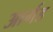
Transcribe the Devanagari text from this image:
आर्गड